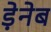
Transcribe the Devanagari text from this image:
ड़ेनेब